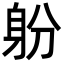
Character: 躮